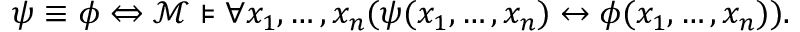
\psi \equiv \phi \Leftrightarrow { \mathcal { M } } \models \forall x _ { 1 } , \ldots , x _ { n } ( \psi ( x _ { 1 } , \ldots , x _ { n } ) \leftrightarrow \phi ( x _ { 1 } , \ldots , x _ { n } ) ) .